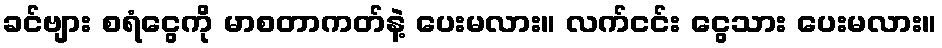
ခင်ဗျား စရံငွေကို မာစတာကတ်နဲ့ ပေးမလား။ လက်ငင်း ငွေသား ပေးမလား။